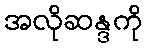
အလိုဆန္ဒကို